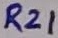
Text: R21